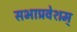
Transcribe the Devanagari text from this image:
सभाप्रवेशम्